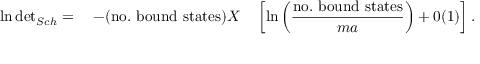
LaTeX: \ln \mathrm { d e t } _ { { S c h } } = \quad - ( \mathrm { n o . ~ b o u n d ~ s t a t e s } ) X \quad \left[ \ln \left( \displaystyle \frac { \mathrm { n o . ~ b o u n d ~ s t a t e s } } { m a } \right) + 0 ( 1 ) \right] .